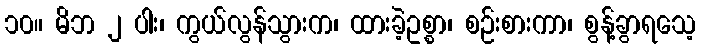
၁၀။ မိဘ ၂ ပါး၊ ကွယ်လွန်သွားက၊ ထားခဲ့ဥစ္စာ၊ စဉ်းစားကာ၊ စွန့်ခွာရသေ့